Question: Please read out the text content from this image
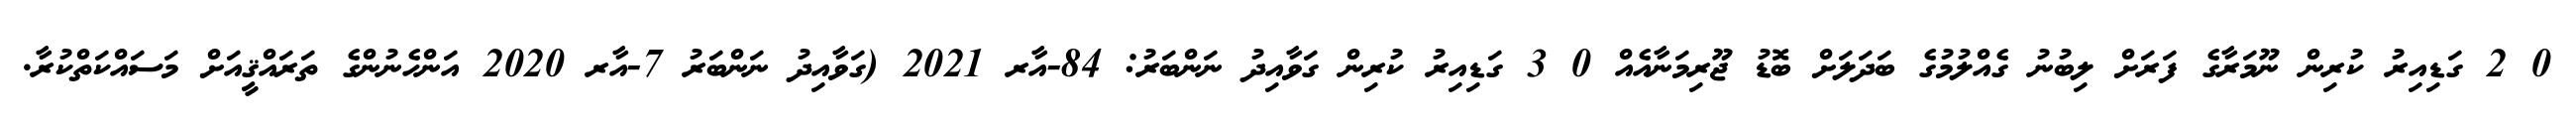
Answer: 0 2 ގަޑިއިރު ކުރިން ނޫމަރާގެ ފަރަށް ލިބުނު ގެއްލުމުގެ ބަދަލަށް ބޮޑު ޖޫރިމަނާއެއް 0 3 ގަޑިއިރު ކުރިން ގަވާއިދު ނަންބަރު: 84-އާރ 2021 (ގަވާއިދު ނަންބަރު 7-އާރ 2020 އަންހެނުންގެ ތަރައްޤީއަށް މަސައްކަތްކުރާ.